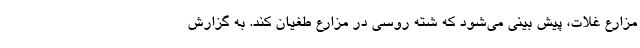
مزارع غلات، پیش بینی می‌شود که شته روسی در مزارع طغیان کند. به گزارش